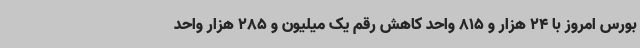
بورس امروز با 24 هزار و 815 واحد کاهش رقم یک میلیون و 285 هزار واحد